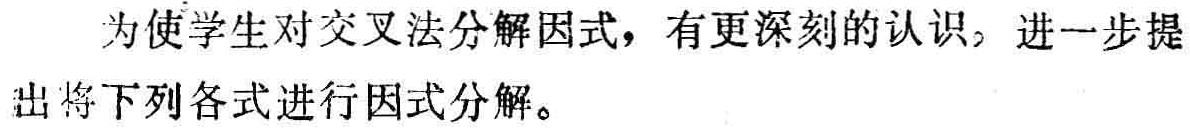
为使学生对交叉法分解因式，有更深刻的认识，进一步提出将下列各式进行因式分解。